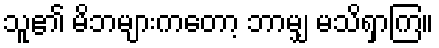
သူ၏ မိဘများကတော့ ဘာမျှ မသိရှာကြ။